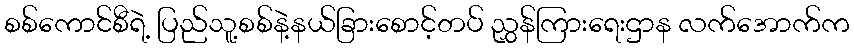
စစ်ကောင်စီရဲ့ ပြည်သူ့စစ်နဲ့နယ်ခြားစောင့်တပ် ညွှန်ကြားရေးဌာန လက်အောက်က